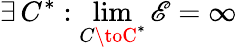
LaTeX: \exists\, C^{*}:\operatorname*{lim}_{C\toC^{*}}\mathscr{E}=\infty